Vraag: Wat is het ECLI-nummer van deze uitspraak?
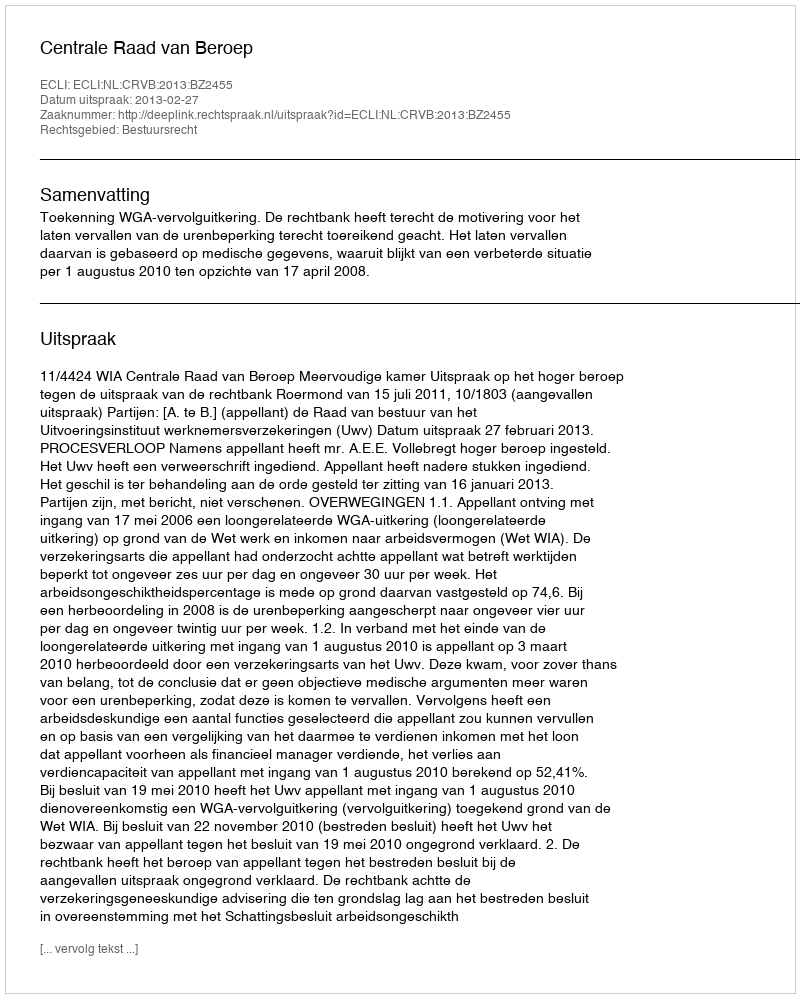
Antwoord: ECLI:NL:CRVB:2013:BZ2455